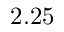
2 . 2 5